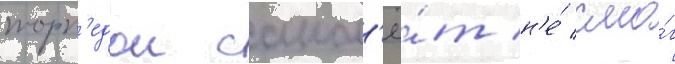
торп'едои самол'ё́т н'е́ смо́г